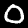
Label: 0